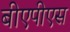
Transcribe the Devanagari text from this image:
बीएपीएस